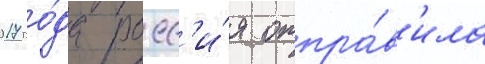
2017 го́да росс'и́я отпра́в'ила